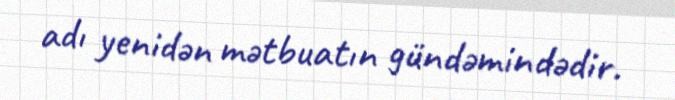
adı yenidən mətbuatın gündəmindədir.